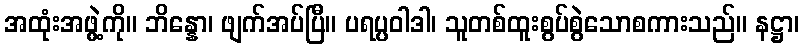
အထုံးအဖွဲ့ကို။ ဘိန္နော၊ ဖျက်အပ်ပြီ။ ပရပ္ပဝါဒါ၊ သူတစ်ထူးစွပ်စွဲသောစကားသည်။ နဋ္ဌာ၊